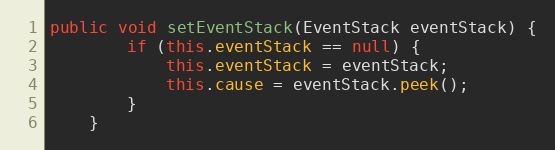
Language: Java
public void setEventStack(EventStack eventStack) {
        if (this.eventStack == null) {
            this.eventStack = eventStack;
            this.cause = eventStack.peek();
        }
    }